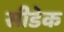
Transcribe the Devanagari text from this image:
सीडेक